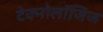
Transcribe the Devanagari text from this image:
टेक्नोलॉजिज